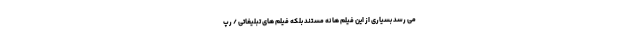
می رسد بسیاری از این فیلم ها نه مستند بلکه فیلم های تبلیغاتی / رپ